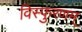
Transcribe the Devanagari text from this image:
विस्फुरणम्